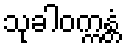
သုခါဝက္ကန္တံ